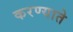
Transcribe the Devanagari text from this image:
करण्याते